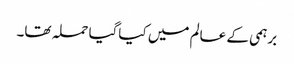
برہمی کے عالم میں کیاگیا حملہ تھا۔